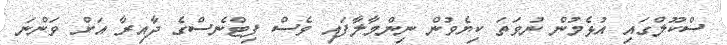
ސްކޫލްގައި އުޅެމުން ނުވަތަ ކިޔެވުން ނިންމާލާފައި ވެސް ފިޓްނެސްގެ ދާއިރާ އަށް ވަންނަ